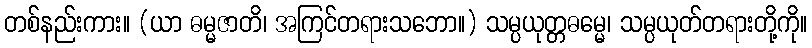
တစ်နည်းကား။ (ယာ ဓမ္မဇာတိ၊ အကြင်တရားသဘော။) သမ္ပယုတ္တဓမ္မေ၊ သမ္ပယုတ်တရားတို့ကို။